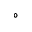
^ { \circ }